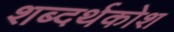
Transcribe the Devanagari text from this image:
शब्दर्थकोश